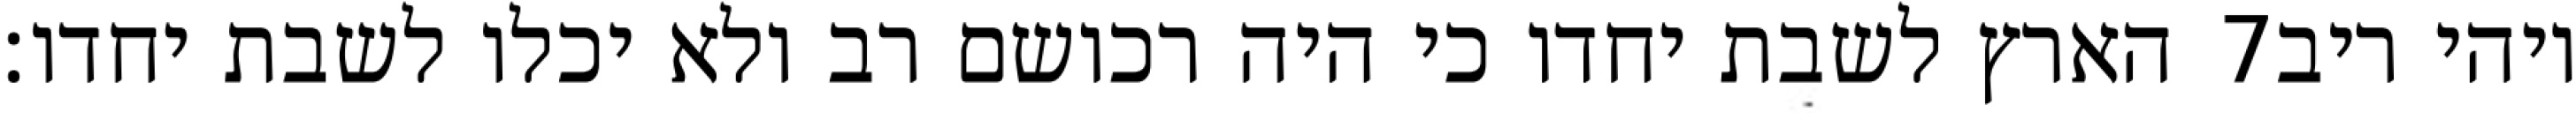
הארץ לשבת יחדו כי היה רכושם רב ולא יכלו לשבת יחדו׃ ‎7‏ ויהי ריב